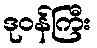
ဒုဝန်ကြီး